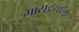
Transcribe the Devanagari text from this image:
मासद्वयाला